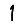
Digit: 1